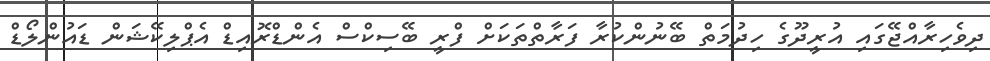
ދިވެހިރާއްޖޭގައި އުރީދޫގެ ހިދުމަތް ބޭނުންކުރާ ފަރާތްތަކަށް ފްރީ ބޭސިކްސް އެންޑްރޮއިޑް އެޕްލިކޭޝަން ޑައުންލޯޑް